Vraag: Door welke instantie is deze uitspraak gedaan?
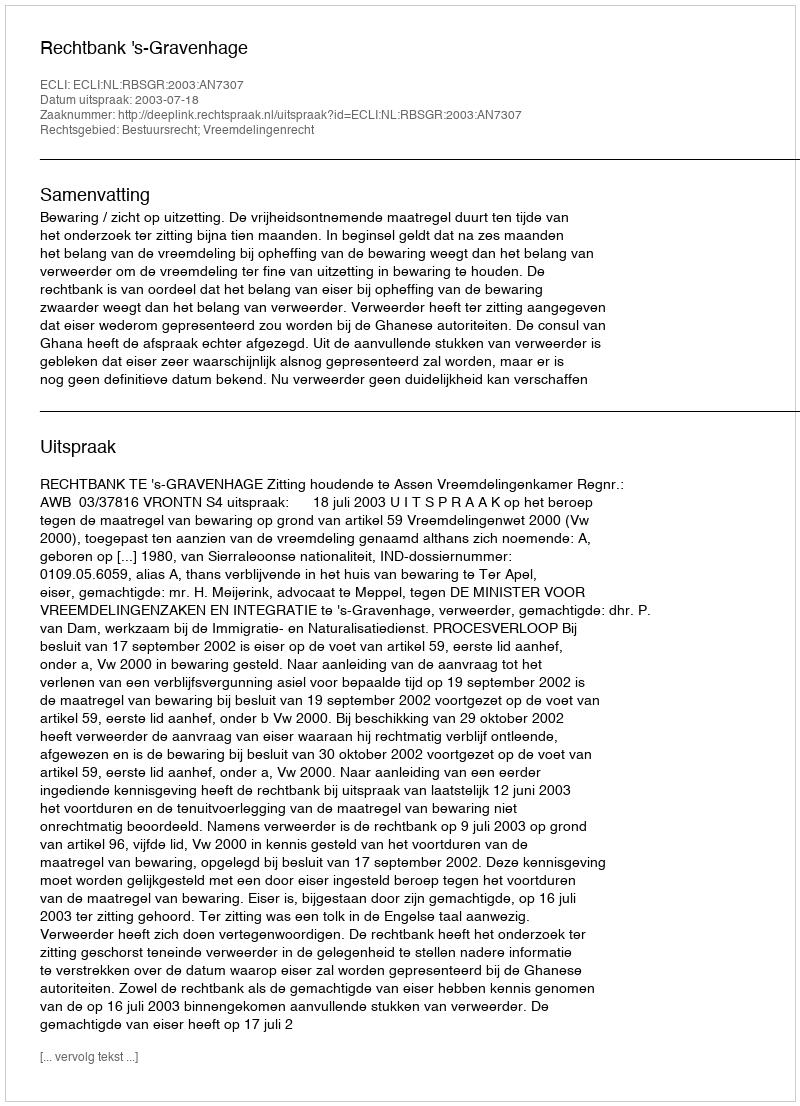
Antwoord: Rechtbank 's-Gravenhage